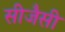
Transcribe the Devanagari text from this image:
सीजैसी